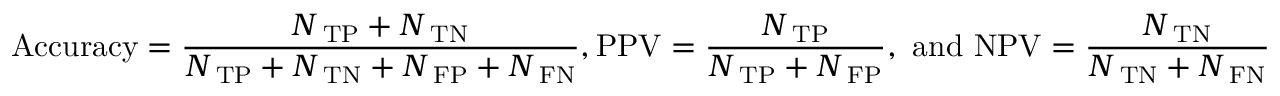
\mathrm { A c c u r a c y } = \frac { N _ { \mathrm { \scriptsize ~ T P } } + N _ { \mathrm { \scriptsize ~ T N } } } { N _ { \mathrm { \scriptsize ~ T P } } + N _ { \mathrm { \scriptsize ~ T N } } + N _ { \mathrm { \scriptsize ~ F P } } + N _ { \mathrm { \scriptsize ~ F N } } } , \mathrm { P P V } = \frac { N _ { \mathrm { \scriptsize ~ T P } } } { N _ { \mathrm { \scriptsize ~ T P } } + N _ { \mathrm { \scriptsize ~ F P } } } , \mathrm { ~ a n d ~ } \mathrm { N P V } = \frac { N _ { \mathrm { \scriptsize ~ T N } } } { N _ { \mathrm { \scriptsize ~ T N } } + N _ { \mathrm { \scriptsize ~ F N } } }